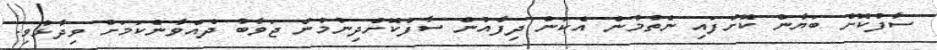
ސާފުކޮށް ބަޔާން ކޮށްފައި ނެތުމުން އެކަން ދިފާއުން ސާފުކޮށްދިނުމުން ޖަވާބު ދެއްވާނެކަމަށް ވިދާޅުވި.